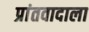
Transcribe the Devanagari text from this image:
प्रांतवादाला